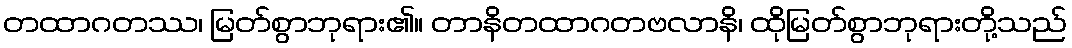
တထာဂတဿ၊ မြတ်စွာဘုရား၏။ တာနိတထာဂတဗလာနိ၊ ထိုမြတ်စွာဘုရားတို့သည်